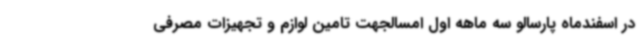
در اسفندماه پارسالو سه ماهه اول امسالجهت تامین لوازم و تجهیزات مصرفی